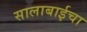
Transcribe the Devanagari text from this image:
सालाबाईचा